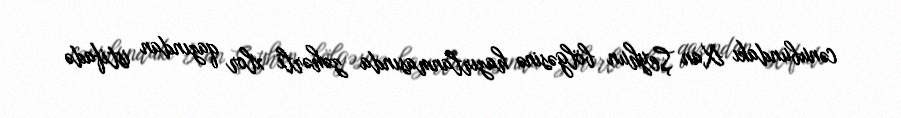
cənubundakı Xan Şeyhun bölgəsinə hazırlanmasında zəhərli xlor qazından istifadə